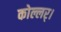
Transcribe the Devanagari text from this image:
कोल्लर्।